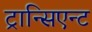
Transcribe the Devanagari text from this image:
ट्रान्सिएन्ट